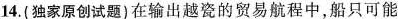
14.（独家原创试题）在输出越瓷的贸易航程中，船只可能